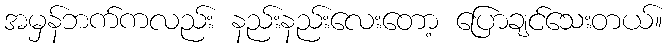
အမှန်ဘက်ကလည်း နည်းနည်းလေးတော့ ပြောချင်သေးတယ်။